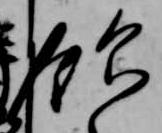
飲